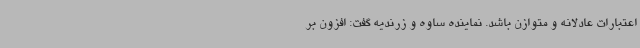
اعتبارات عادلانه و متوازن باشد. نماینده ساوه و زرندیه گفت: افزون بر